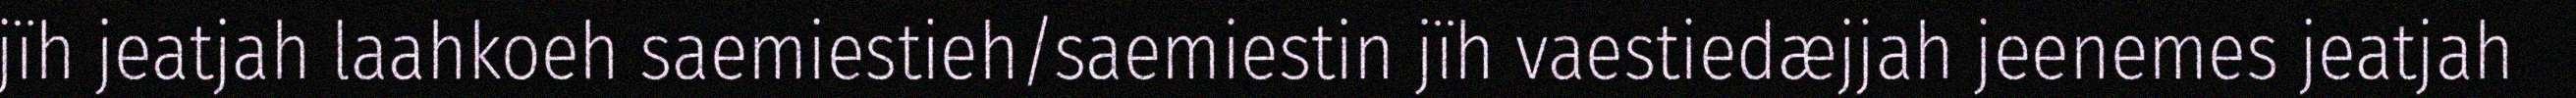
jïh jeatjah laahkoeh saemiestieh/saemiestin jïh vaestiedæjjah jeenemes jeatjah